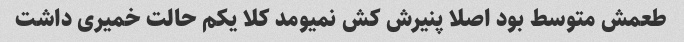
طعمش متوسط بود اصلا پنیرش کش نمیومد کلا یکم حالت خمیری داشت